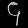
Digit: ၄